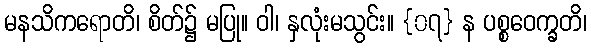
မနသိကရောတိ၊ စိတ်၌ မပြု။ ဝါ၊ နှလုံးမသွင်း။ {၀၇} န ပစ္စဝေက္ခတိ၊